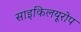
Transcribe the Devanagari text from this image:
साइकिलयूरोप